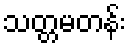
သတ္တမတန်း